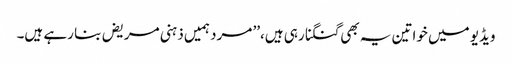
ویڈیو میں خواتین یہ بھی گنگنا رہی ہیں،’’ مرد ہمیں ذہنی مریض بنا رہے ہیں۔